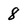
Character: 8